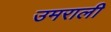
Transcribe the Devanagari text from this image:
उमराली